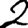
Digit: 2